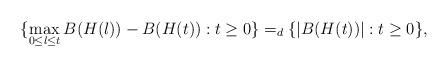
LaTeX: \begin{align*}\{\max_{0\le l \le t}B(H(l))-B(H(t)):t\ge0\}=_d\{|B(H(t))|:t\ge0\},\end{align*}